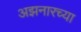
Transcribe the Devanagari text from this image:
अझनारच्या